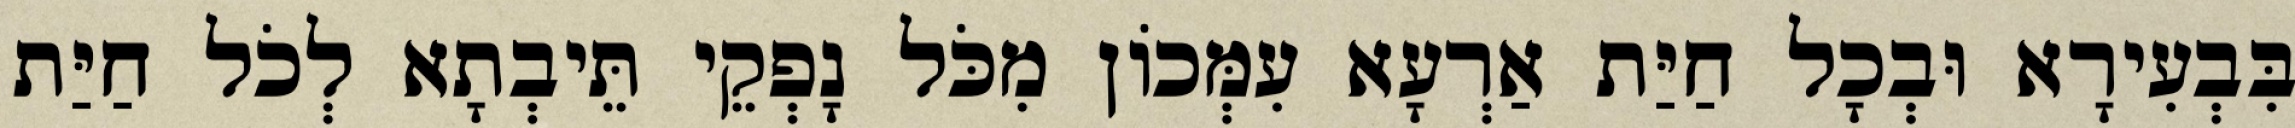
בִּבְעִירָא וּבְכָל חַיַּת אַרְעָא עִמְּכוֹן מִכֹּל נָפְקֵי תֵּיבְתָא לְכֹל חַיַּת